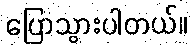
ပြောသွားပါတယ်။